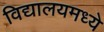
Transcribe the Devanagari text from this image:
विद्यालयमध्ये